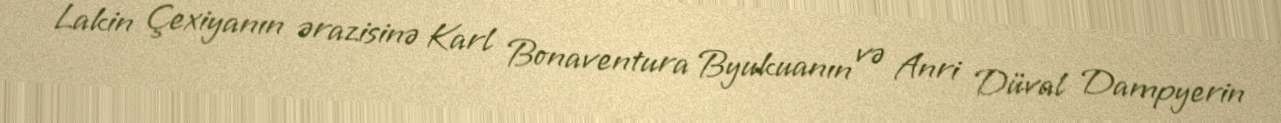
Lakin Çexiyanın ərazisinə Karl Bonaventura Byukuanın və Anri Düval Dampyerin